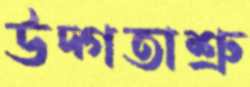
উদ্‌গতাশ্রু